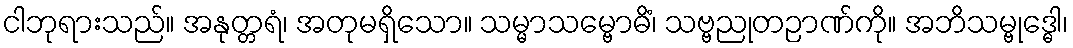
ငါဘုရားသည်။ အနုတ္တရံ၊ အတုမရှိသော။ သမ္မာသမ္ဗောဓိံ၊ သဗ္ဗညုတဉာဏ်ကို။ အဘိသမ္ဗုဒ္ဓေါ၊